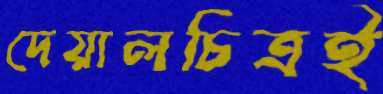
দেয়ালচিত্রই